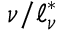
\nu / \ell _ { \nu } ^ { * }